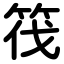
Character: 筏